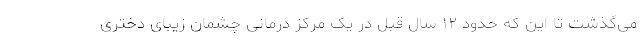
می‌گذشت تا این که حدود ۱۲ سال قبل در یک مرکز درمانی چشمان زیبای دختری